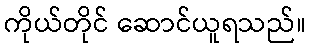
ကိုယ်တိုင် ဆောင်ယူရသည်။